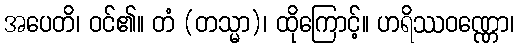
အပေတိ၊ ဝင်၏။ တံ (တသ္မာ)၊ ထိုကြောင့်။ ဟရိဿဝဏ္ဏော၊